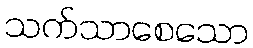
သက်သာစေသော